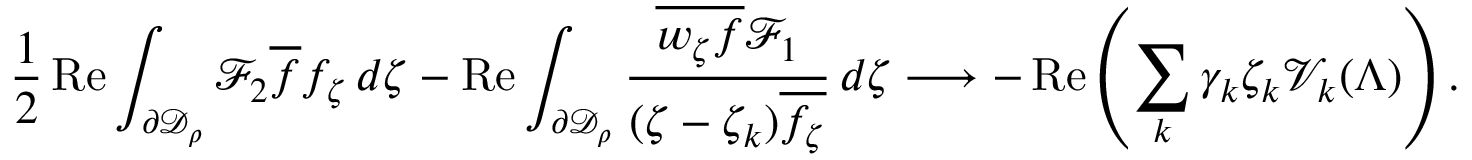
\frac 1 2 \operatorname { R e } \int _ { \partial \mathcal { D } _ { \rho } } \mathcal { F } _ { 2 } \overline { f } f _ { \zeta } \, d \zeta - \operatorname { R e } \int _ { \partial \mathcal { D } _ { \rho } } \frac { \overline { { w _ { \zeta } f } } \mathcal { F } _ { 1 } } { ( \zeta - \zeta _ { k } ) \overline { { f _ { \zeta } } } } \, d \zeta \longrightarrow - \operatorname { R e } \left( \sum _ { k } \gamma _ { k } \zeta _ { k } \mathcal { V } _ { k } ( \Lambda ) \right) .